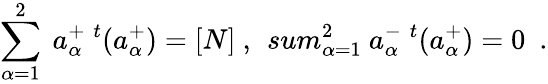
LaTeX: \sum_{\alpha=1}^{2}\ a_{\alpha}^{+}\ ^{t}(a_{\alpha}^{+})=[N]\ ,\ \, sum_{\alpha=1}^{2}\ a_{\alpha}^{-}\ ^{t}(a_{\alpha}^{+})=0\ \ .